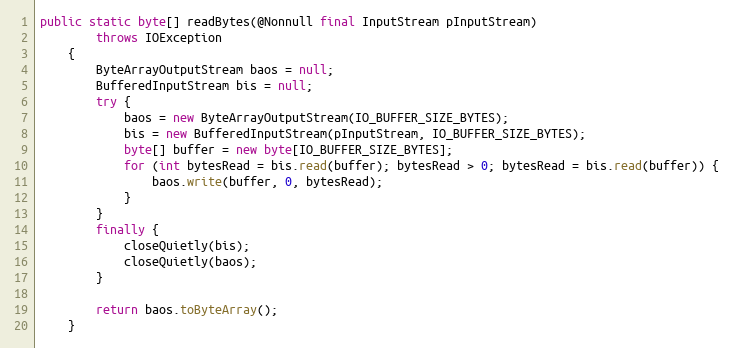
Language: Java
public static byte[] readBytes(@Nonnull final InputStream pInputStream)
        throws IOException
    {
        ByteArrayOutputStream baos = null;
        BufferedInputStream bis = null;
        try {
            baos = new ByteArrayOutputStream(IO_BUFFER_SIZE_BYTES);
            bis = new BufferedInputStream(pInputStream, IO_BUFFER_SIZE_BYTES);
            byte[] buffer = new byte[IO_BUFFER_SIZE_BYTES];
            for (int bytesRead = bis.read(buffer); bytesRead > 0; bytesRead = bis.read(buffer)) {
                baos.write(buffer, 0, bytesRead);
            }
        }
        finally {
            closeQuietly(bis);
            closeQuietly(baos);
        }

        return baos.toByteArray();
    }